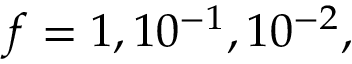
f = 1 , 1 0 ^ { - 1 } , 1 0 ^ { - 2 } ,